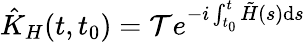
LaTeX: \hat{K}_{H}(t,t_{0})=\mathcal{T}e^{-i\int_{t_{0}}^{t}\tilde{H}(s)\mathrm{d}s}